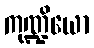
ကုဏ္ဍိယော